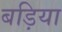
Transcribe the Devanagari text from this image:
बड़िया